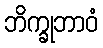
ဘိက္ခုဘာဝံ